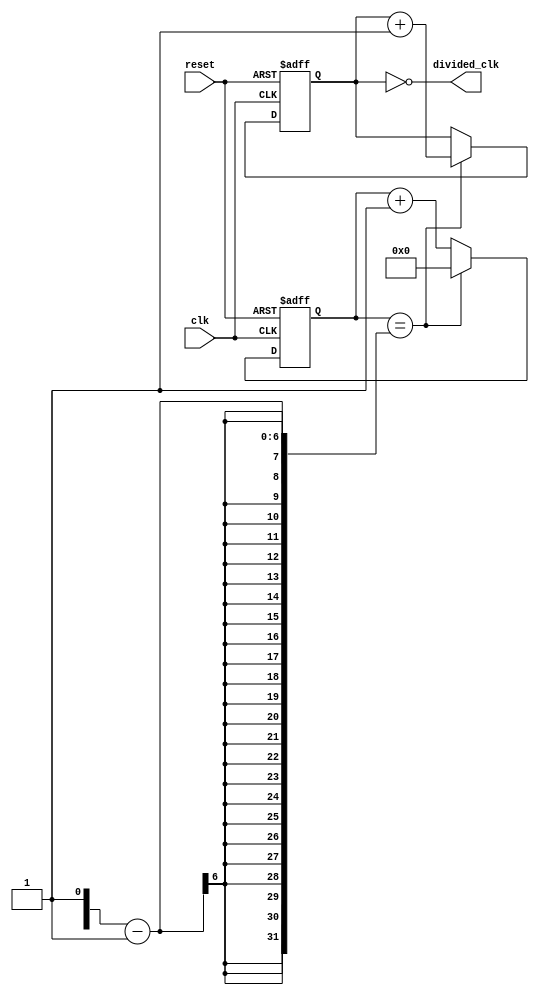
module fractional_clock_divider (
    input wire clk,
    input wire reset,
    output reg divided_clk
);

reg [15:0] counter;
reg [5:0] fractional_value;
reg [15:0] divided_count;

always @ (posedge clk or posedge reset) begin
    if (reset) begin
        counter <= 16'b0;
        divided_count <= 16'b0;
    end else begin
        if (counter == fractional_value-1) begin
            divided_count <= divided_count + 1;
            counter <= 16'b0;
        end else begin
            counter <= counter + 1;
        end
    end
end

assign divided_clk = divided_count == 16'b0;

endmodule